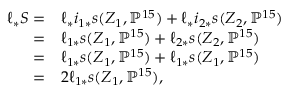
\begin{array} { r l } { \ell _ { * } S = } & { \ell _ { * } i _ { 1 * } s ( Z _ { 1 } , \mathbb { P } ^ { 1 5 } ) + \ell _ { * } i _ { 2 * } s ( Z _ { 2 } , \mathbb { P } ^ { 1 5 } ) } \\ { = } & { \ell _ { 1 * } s ( Z _ { 1 } , \mathbb { P } ^ { 1 5 } ) + \ell _ { 2 * } s ( Z _ { 2 } , \mathbb { P } ^ { 1 5 } ) } \\ { = } & { \ell _ { 1 * } s ( Z _ { 1 } , \mathbb { P } ^ { 1 5 } ) + \ell _ { 1 * } s ( Z _ { 1 } , \mathbb { P } ^ { 1 5 } ) } \\ { = } & { 2 \ell _ { 1 * } s ( Z _ { 1 } , \mathbb { P } ^ { 1 5 } ) , } \end{array}